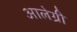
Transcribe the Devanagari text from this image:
आलेग्री